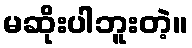
မဆိုးပါဘူးတဲ့။